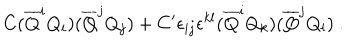
C ( { \overline { { Q } } } ^ { i } Q _ { i } ) ( { \overline { { Q } } } ^ { j } Q _ { j } ) + C ^ { \prime } \epsilon _ { i j } \epsilon ^ { { k } { l } } ( { \overline { { Q } } } ^ { i } Q _ { k } ) ( { \overline { { Q } } } ^ { j } Q _ { l } ) ~ .